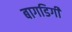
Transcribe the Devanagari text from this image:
बागडिगी